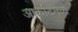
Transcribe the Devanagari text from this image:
आर्काटमध्ये